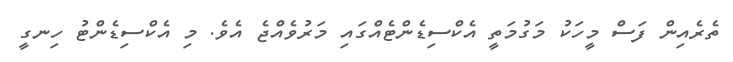
ތެރެއިން ފަސް މީހަކު މަގުމަތީ އެކްސިޑެންޓެއްގައި މަރުވެއްޖެ އެވެ. މި އެކްސިޑެންޓު ހިނގީ